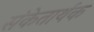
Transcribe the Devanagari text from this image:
संकेतार्थक